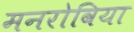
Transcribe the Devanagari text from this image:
मनरोविया